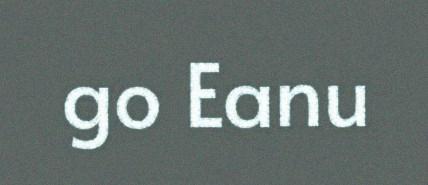
go Eanu